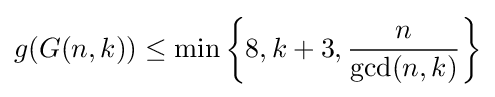
g(G(n,k))\leq \min \left\{8,k+3,{\frac {n}{\gcd(n,k)}}\right\}